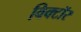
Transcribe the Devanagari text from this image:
विक्टॉर